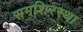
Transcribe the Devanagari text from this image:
समशिरस्था